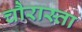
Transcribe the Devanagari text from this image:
चौरास्ता